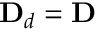
\mathbf { D } _ { d } = \mathbf { D }